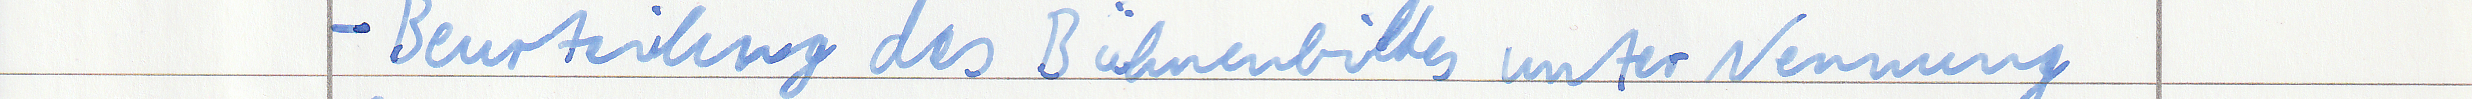
- Beurteilung des Bühnenbildes unter Nennung